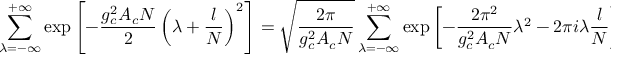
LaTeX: \displaystyle { \sum _ { \lambda = - \infty } ^ { + \infty } \exp \left[ - { \frac { g _ { c } ^ { 2 } A _ { c } N } { 2 } } \left( \lambda + \frac { l } { N } \right) ^ { 2 } \right] = \sqrt { \frac { 2 \pi } { g _ { c } ^ { 2 } A _ { c } N } } \sum _ { \lambda = - \infty } ^ { + \infty } \exp \left[ - \frac { 2 \pi ^ { 2 } } { g _ { c } ^ { 2 } A _ { c } N } \lambda ^ { 2 } - 2 \pi i \lambda \frac { l } { N } \right] } .